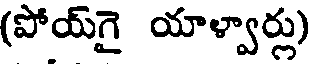
(పోయ్గై యాళ్వార్లు)